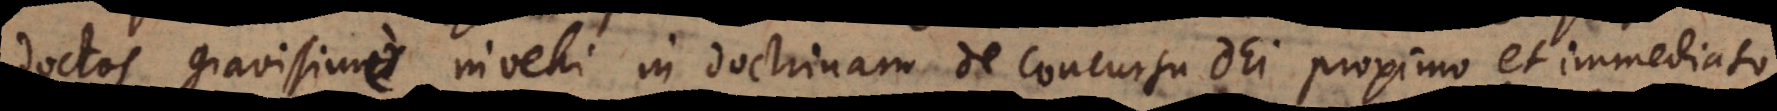
doctos gravissime invehi in doctrinam de concursu Dei proximo et immediato